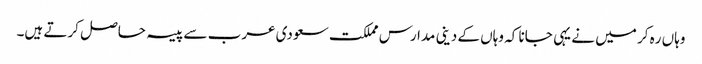
وہاں ره کر میں نے یہی جانا کہ وہاں کے دینی مدارس مملکت سعودی عرب سے پیسہ حاصل کرتے ہیں۔